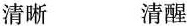
清晰 清醒